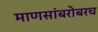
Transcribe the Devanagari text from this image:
माणसांबरोबरच